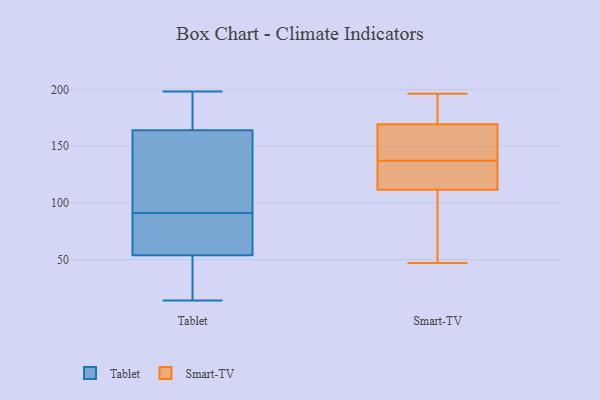
{"axis": {"x": "Operating Costs (USD K)", "y": "Value"}, "legend": ["Smart-TV", "Tablet"], "data": [{"x": "", "y": 80, "type": "Tablet"}, {"x": "", "y": 172, "type": "Tablet"}, {"x": "", "y": 45, "type": "Tablet"}, {"x": "", "y": 94, "type": "Tablet"}, {"x": "", "y": 24, "type": "Tablet"}, {"x": "", "y": 81, "type": "Tablet"}, {"x": "", "y": 195, "type": "Tablet"}, {"x": "", "y": 185, "type": "Tablet"}, {"x": "", "y": 140, "type": "Tablet"}, {"x": "", "y": 14, "type": "Tablet"}, {"x": "", "y": 38, "type": "Tablet"}, {"x": "", "y": 121, "type": "Tablet"}, {"x": "", "y": 173, "type": "Tablet"}, {"x": "", "y": 87, "type": "Tablet"}, {"x": "", "y": 33, "type": "Tablet"}, {"x": "", "y": 198, "type": "Tablet"}, {"x": "", "y": 98, "type": "Tablet"}, {"x": "", "y": 82, "type": "Tablet"}, {"x": "", "y": 91, "type": "Tablet"}, {"x": "", "y": 190, "type": "Smart-TV"}, {"x": "", "y": 122, "type": "Smart-TV"}, {"x": "", "y": 196, "type": "Smart-TV"}, {"x": "", "y": 108, "type": "Smart-TV"}, {"x": "", "y": 103, "type": "Smart-TV"}, {"x": "", "y": 129, "type": "Smart-TV"}, {"x": "", "y": 177, "type": "Smart-TV"}, {"x": "", "y": 49, "type": "Smart-TV"}, {"x": "", "y": 138, "type": "Smart-TV"}, {"x": "", "y": 123, "type": "Smart-TV"}, {"x": "", "y": 137, "type": "Smart-TV"}, {"x": "", "y": 47, "type": "Smart-TV"}, {"x": "", "y": 146, "type": "Smart-TV"}, {"x": "", "y": 177, "type": "Smart-TV"}, {"x": "", "y": 137, "type": "Smart-TV"}]}